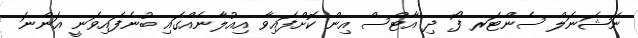
ނޭޝަނަލް ސެންޓަރ ފޯ ދި އާޓްސް އިން ކޮށްފައިވާ އިއުލާނެއްގައި ބުނެފައިވަނީ އަންނަ